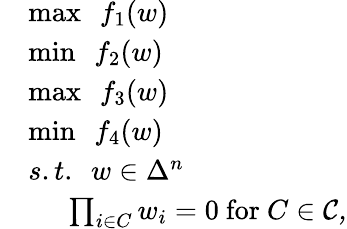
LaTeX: \begin{array}{rl}&{\operatorname*{max}~~f_{1}(w)}\\ &{\operatorname*{min}~~f_{2}(w)}\\ &{\operatorname*{max}~~f_{3}(w)}\\ &{\operatorname*{min}~~f_{4}(w)}\\ &{s.t.~~w\in\Delta^{n}}\\ &{~~~~~\prod_{i\in C}w_{i}=0~\mathrm{for}~C\in\cal{C},}\end{array}